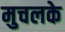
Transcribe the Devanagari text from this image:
मुचलके